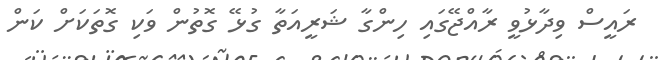
ރައީސް ވިދާޅުވީ ރާއްޖޭގައި ހިންގާ ޝަރީއަތާ ގުޅޭ ގޮތުން ވަކި ގޮތަކަށް ކަން